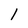
Character: l